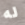
له